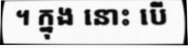
។ ក្នុង នោះ បើ